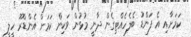
ކަމަށާއި އެ ފަންޑު ބެލެހެއްޓިގެން ދާނީ މުޅުން ވަކިން ކަމަށް އެންޑްރޫ ހީލީ